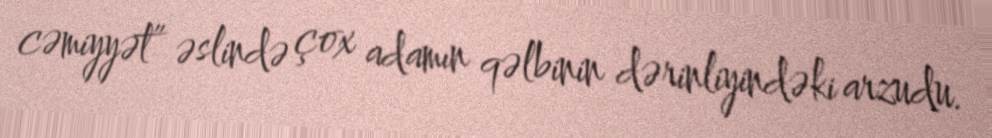
cəmiyyət” əslində çox adamın qəlbinin dərinliyindəki arzudu.